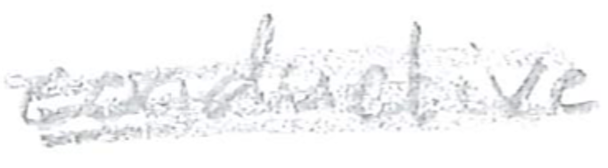
Text: conductive
Cross-out: scratch
Writing tool: pencil